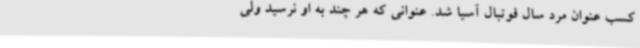
کسب عنوان مرد سال فوتبال آسیا شد. عنوانی که هر چند به او نرسید ولی